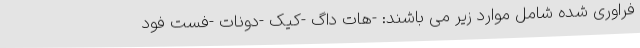
فراوری شده شامل موارد زیر می باشند: -هات داگ -کیک -دونات -فست فود